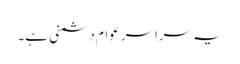
یہ سراسر عوام دشمنی ہے۔